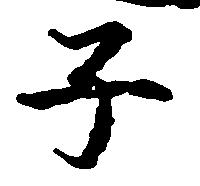
子